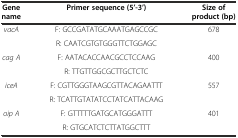
| Gene name | Primer sequence (5’-3’) | Size of product (bp) |
 | --- | --- | --- |
 | vacA | F: GCCGATATGCAAATGAGCCGC | 678 |
 |  | R: CAATCGTGTGGGTTCTGGAGC |  |
 | cag A | F: AATACACCAACGCCTCCAAG | 400 |
 |  | R: TTGTTGGCGCTTGCTCTC |  |
 | iceA | F: CGTTGGGTAAGCGTTACAGAATTT | 557 |
 |  | R: TCATTGTATATCCTATCATTACAAG |  |
 | oip A | F: GTTTTTGATGCATGGGATTT | 401 |
 |  | R: GTGCATCTCTTATGGCTTT |  |